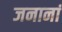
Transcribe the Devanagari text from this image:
जनानां